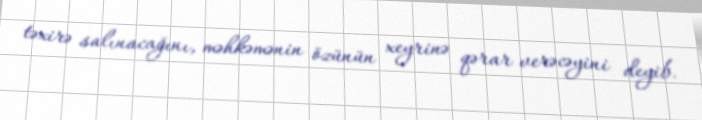
təxirə salınacağını, məhkəmənin özünün xeyrinə qərar verəcəyini deyib.